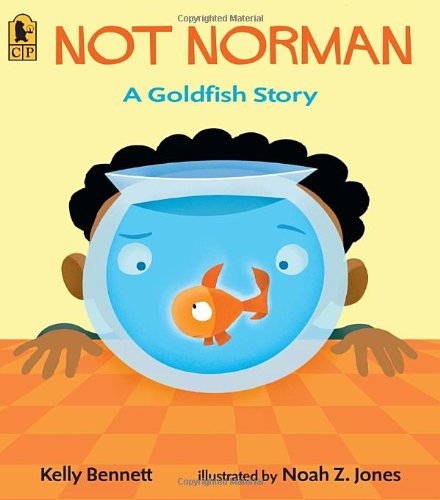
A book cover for Not Norman: A Goldfish Story; Kelly Bennett; Children's Books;